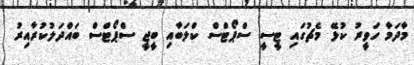
މާދަމާ ހަވީރު ކުޅޭ މެޗުގައި ޓީސީ ސްޕޯޓްސް ކްލަބާއި ބީޖީ ސްޕޯޓްސް ބައްދަލުކުރާއިރު